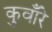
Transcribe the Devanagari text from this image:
कुवाँरे